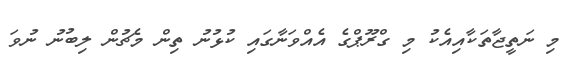
މި ނަތީޖާތަކާއިއެކު މި ގްރޫޕްގެ އެއްވަނާގައި ކުޅުނު ތިން މެޗުން ލިބުނު ނުވަ